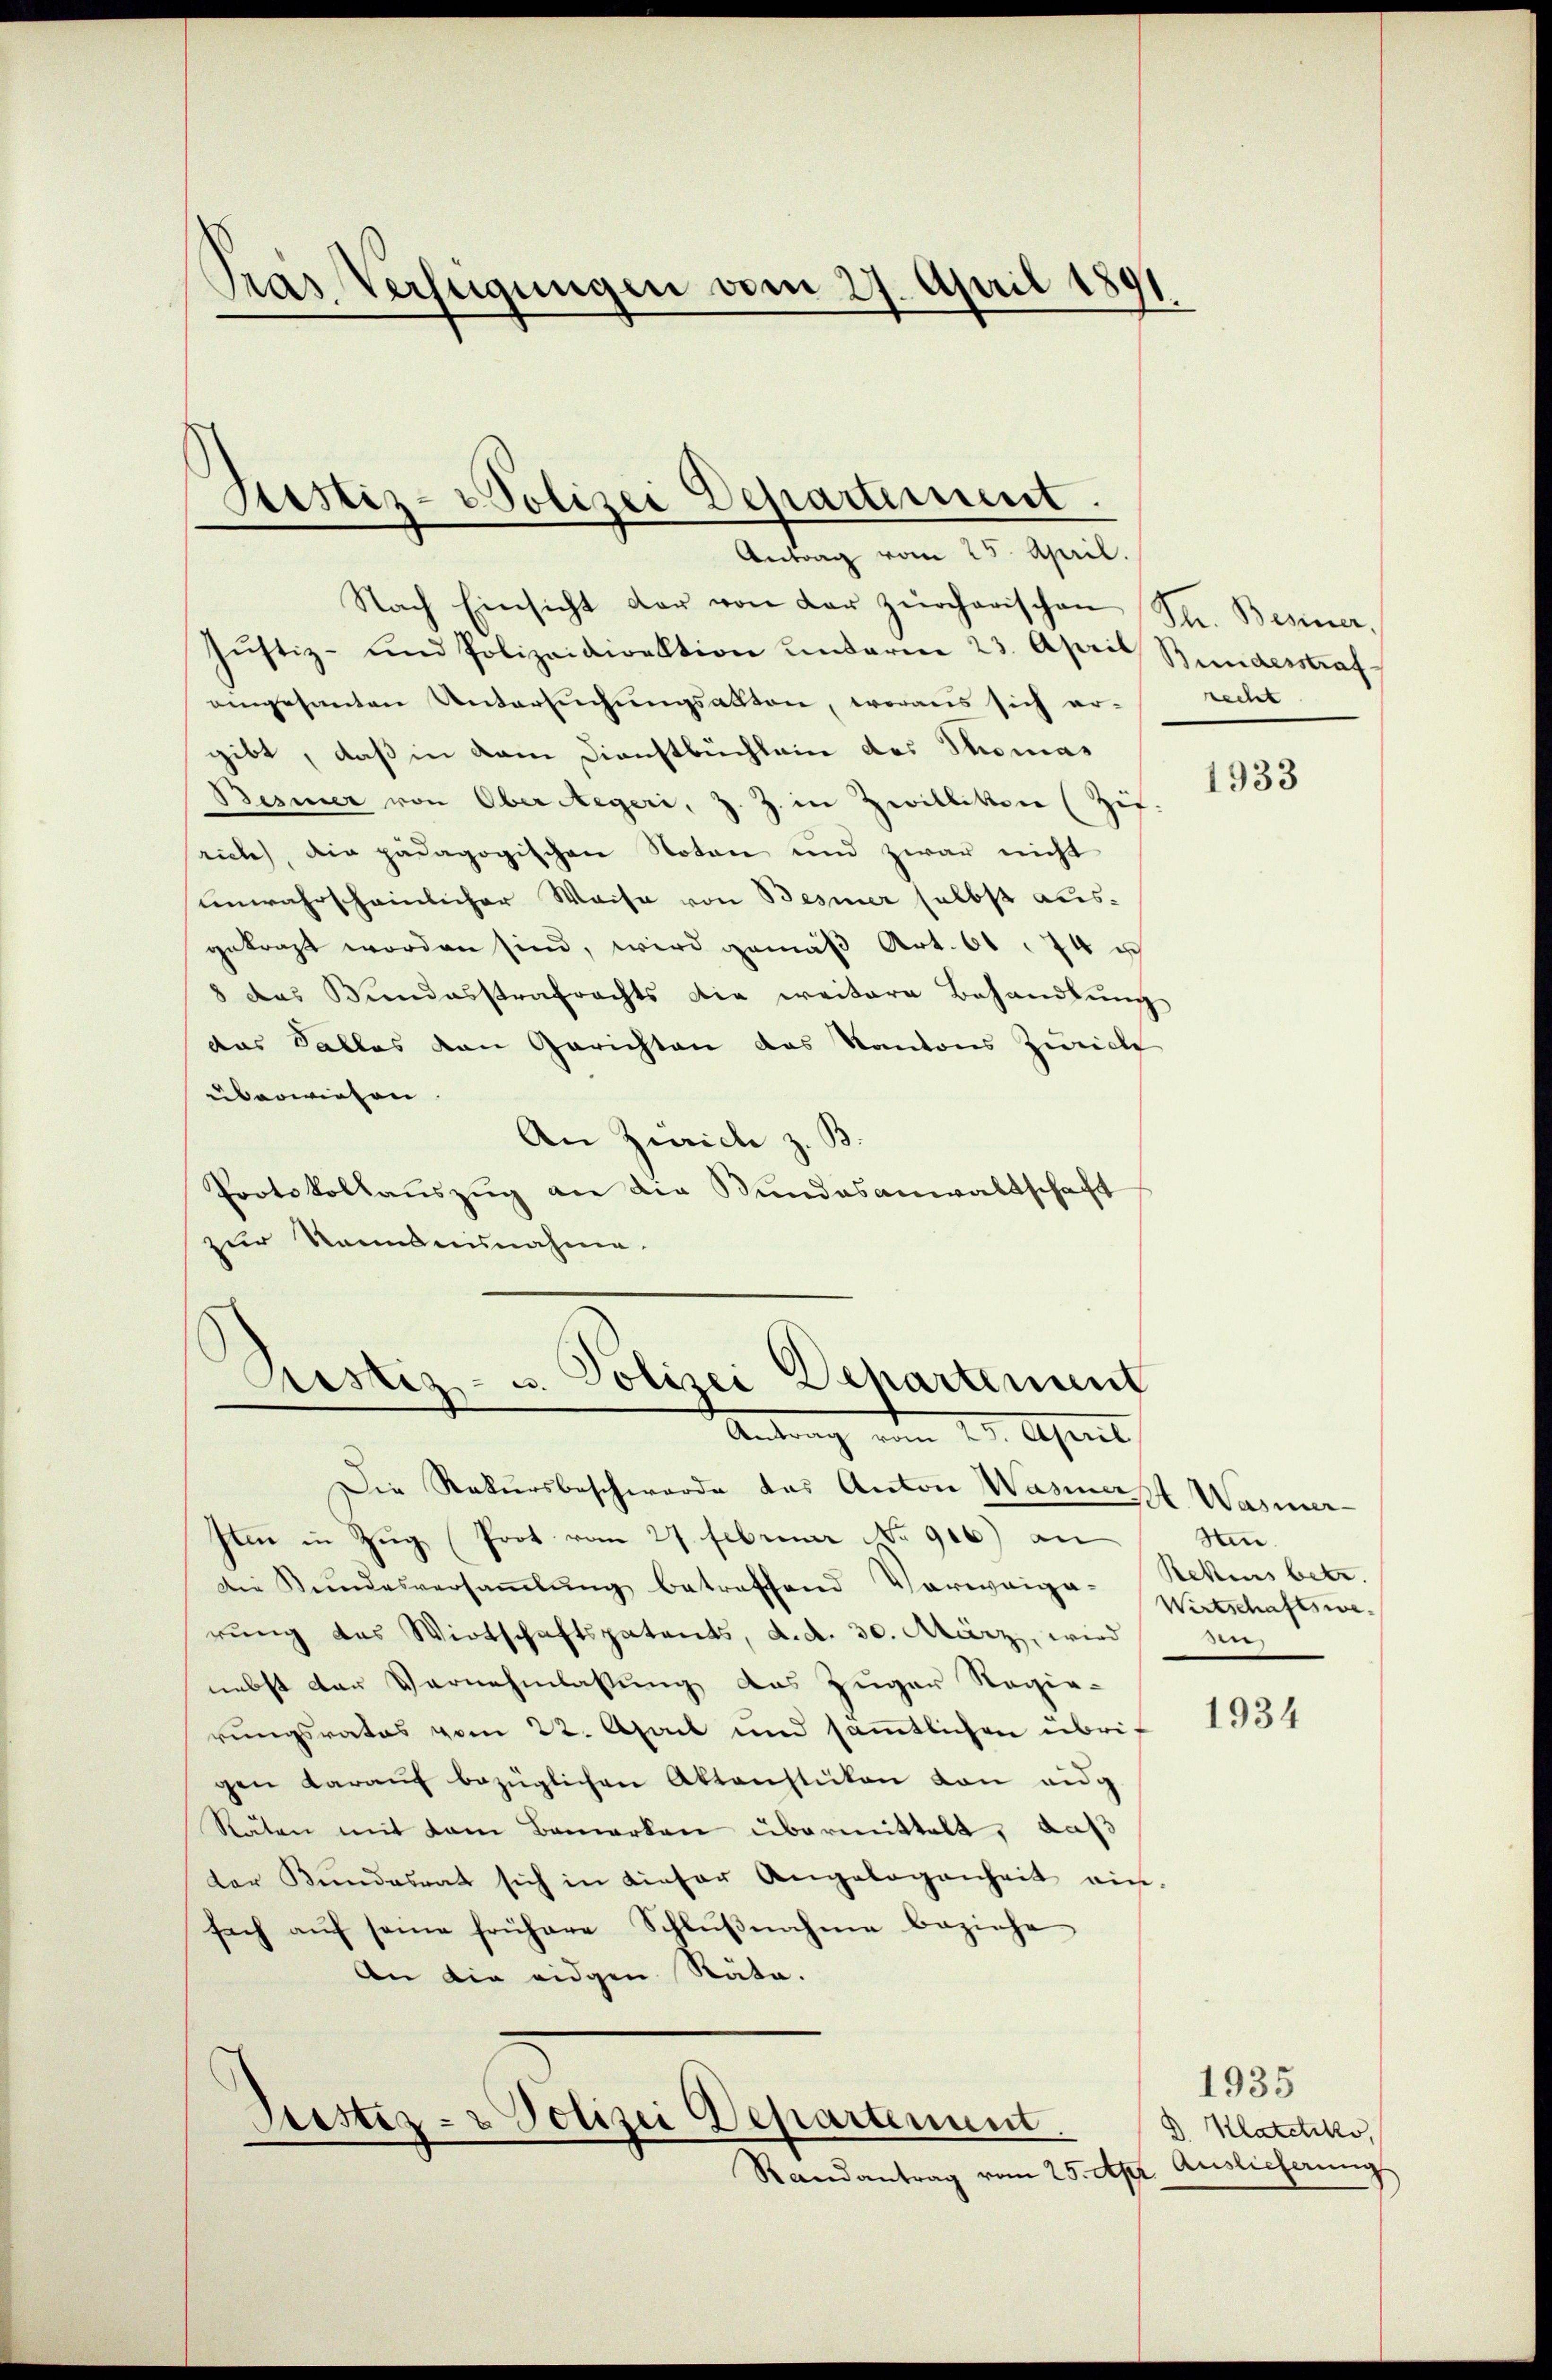
Pras Verfügungen vom 27. April 1891

Justiz- & Polizei Departement.
Antrag vom 25. April.

Nach Einsicht der von der zürcherischen
Jŭstiz- und Polizeidirektion unterm 23. April Bundesstraf
aingesanten Untersuchungsakten, woraus sich er-
gibt, daß in dem Dienstbüchlein des Thoma¬
Besiner von Ober Regeri, Z. Z. in Zwilliken (Zif.
rich), die pädagogischen Noten und zwar nicht
unwahrscheinlicher Waise von Besiner selbst ausgekraft worden sind, wird gemäß Art. 61 74 u
8 das Bundesstrafrechts die weitere Behandlŭng
das Falles den Gerichten das Kantons Zürich
überwiesen.
An Zürich z. B
Protokollaŭszŭg an die Bundesanwaltschaft
zur Nanmanunahme.
Aristiz- u. Polizei Departement

Antrag vom 29. April

Die Rekursbeschwerde das Anton Wasiert Wasner-
Iten in Zug (Prot. vom 27. Februar No 916) an
Die Bundesversaṁlŭng betreffend Vorweige-
rung des Wirtschaftspatents, d. d. 30. März, wird
nebst der Vernehmlassung das Zuger Regie-
rungsrates vom 22. April und säṁtlichen übrigen daraŭf bezüglichen Aktenstüken von eig
Räten mit dem Bemerken übermittelt, daß
ter Bundesrat sich in dieser Angelegenheit ein-
sach aŭf seine frühere Schlŭβnahme beziehe
An die eidgen. Räte.

Justiz- & Polizei Departement

Randantrag vom 25. Apr

Sn. Benner.
recht

1933

Sen.
Rekurs betr.
Wirtschaftswer

1934

1935
 Klattiko
Auslieferung